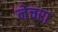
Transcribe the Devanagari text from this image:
नेचरा